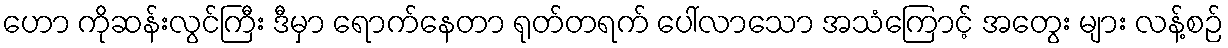
ဟော ကိုဆန်းလွင်ကြီး ဒီမှာ ရောက်နေတာ ရုတ်တရက် ပေါ်လာသော အသံကြောင့် အတွေး များ လန့်စဉ်